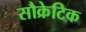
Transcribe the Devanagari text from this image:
सौक्रेटिक